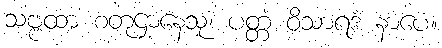
သဗ္ဗထာ စတုဌာနေသု၊ ပတ္တံ ဝိသာရဒံ နာပေ။